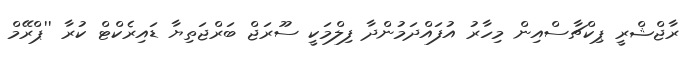
ރާޖްޝްރީ ޕިކްޗާސްއިން މިހާރު އުފައްދަމުންދާ ފިލްމަކީ ސޫރަޖް ބަރްޖަތިޔާ ޑައިރެކްޓް ކުރާ ''ޕްރޭމް